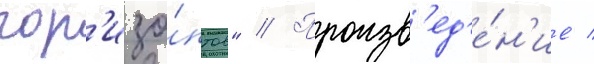
гор'изо́нтов" // Произв'ед'е́н'ие /